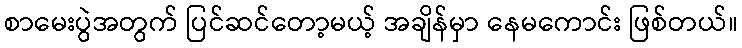
စာမေးပွဲအတွက် ပြင်ဆင်တော့မယ့် အချိန်မှာ နေမကောင်း ဖြစ်တယ်။